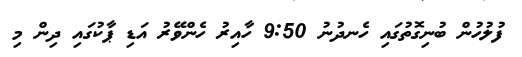
ފުލުހުން ބުނިގޮތުގައި ހެނދުނު 9:50 ހާއިރު ހެންވޭރު އަޑި ޕާކުގައި ދިން މި